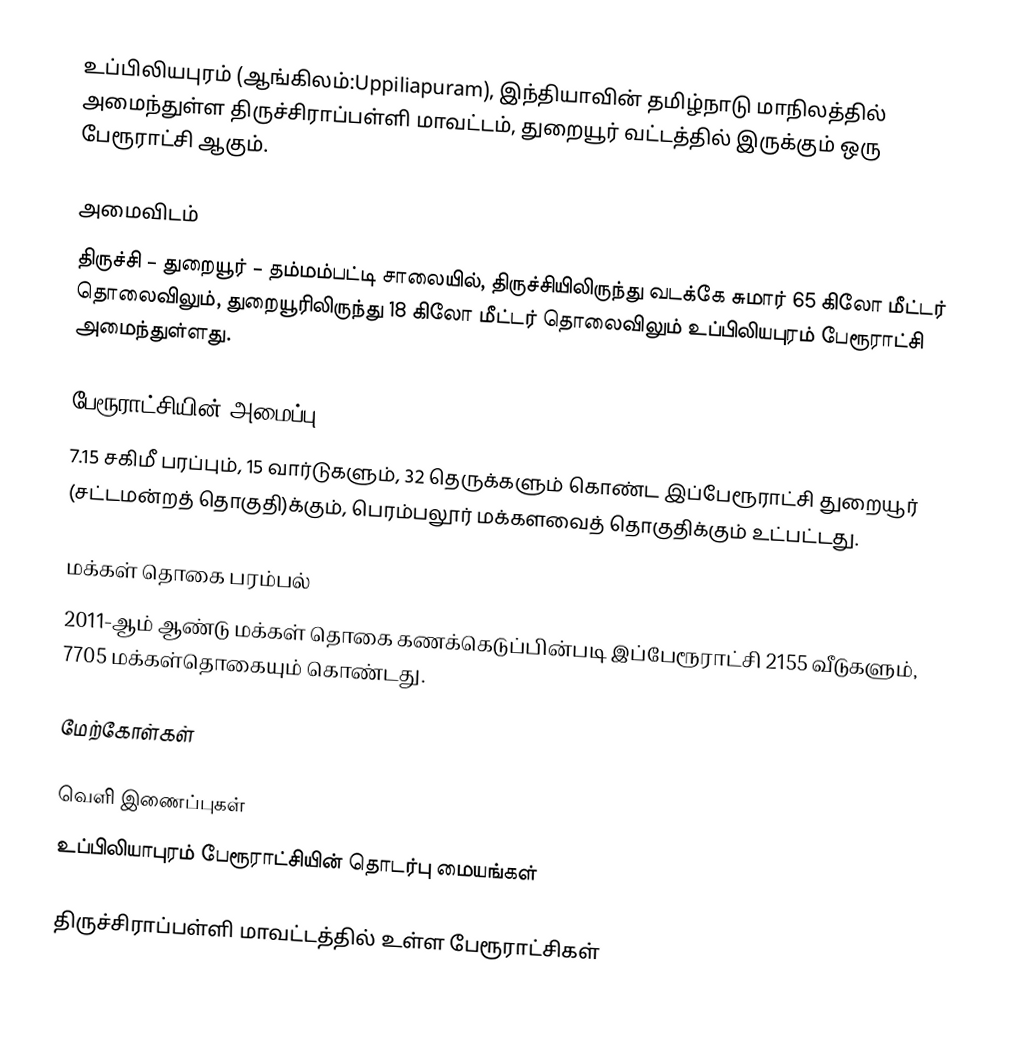
உப்பிலியபுரம் (ஆங்கிலம்:Uppiliapuram), இந்தியாவின் தமிழ்நாடு மாநிலத்தில் அமைந்துள்ள திருச்சிராப்பள்ளி மாவட்டம், துறையூர் வட்டத்தில் இருக்கும் ஒரு பேரூராட்சி ஆகும்.

அமைவிடம்
திருச்சி – துறையூர் – தம்மம்பட்டி சாலையில், திருச்சியிலிருந்து வடக்கே சுமார் 65 கிலோ மீட்டர் தொலைவிலும், துறையூரிலிருந்து 18 கிலோ மீட்டர் தொலைவிலும் உப்பிலியபுரம் பேரூராட்சி அமைந்துள்ளது.

பேரூராட்சியின் அமைப்பு
7.15 சகிமீ பரப்பும்,  15 வார்டுகளும்,  32  தெருக்களும் கொண்ட இப்பேரூராட்சி  துறையூர்  (சட்டமன்றத் தொகுதி)க்கும், பெரம்பலூர் மக்களவைத் தொகுதிக்கும் உட்பட்டது.

மக்கள் தொகை பரம்பல்
2011-ஆம் ஆண்டு மக்கள் தொகை கணக்கெடுப்பின்படி  இப்பேரூராட்சி 2155 வீடுகளும், 7705  மக்கள்தொகையும் கொண்டது.

மேற்கோள்கள்

வெளி இணைப்புகள்
 உப்பிலியாபுரம் பேரூராட்சியின் தொடர்பு மையங்கள்

திருச்சிராப்பள்ளி மாவட்டத்தில் உள்ள பேரூராட்சிகள்